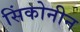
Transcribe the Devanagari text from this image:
सिंकोनीन